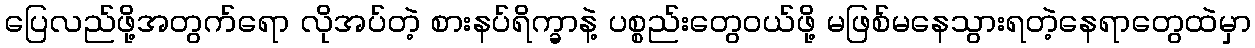
ပြေလည်ဖို့အတွက်ရော လိုအပ်တဲ့ စားနပ်ရိက္ခာနဲ့ ပစ္စည်းတွေဝယ်ဖို့ မဖြစ်မနေသွားရတဲ့နေရာတွေထဲမှာ